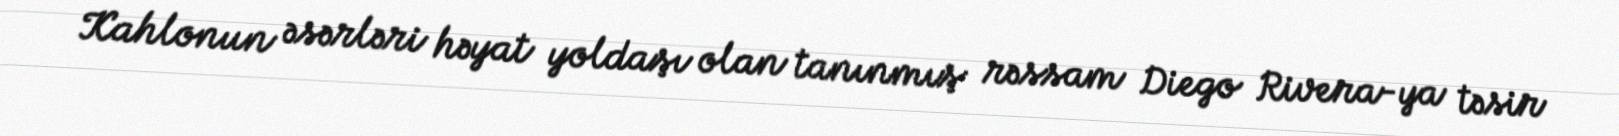
Kahlonun əsərləri həyat yoldaşı olan tanınmış rəssam Diego Rivera-ya təsir